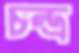
চন্দ্র